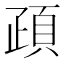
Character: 𩑠